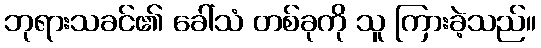
ဘုရားသခင်၏ ခေါ်သံ တစ်ခုကို သူ ကြားခဲ့သည်။